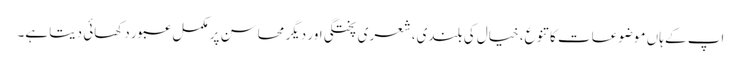
اپ کے ہاں موضوعات کا تنوع، خیال کی بلندی،شعری پختگی اور دیگر محاسن پر مکمل عبور دکھائی دیتا ہے۔